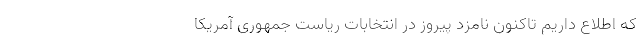
که اطلاع داریم تاکنون نامزد پیروز در انتخابات ریاست جمهوری آمریکا